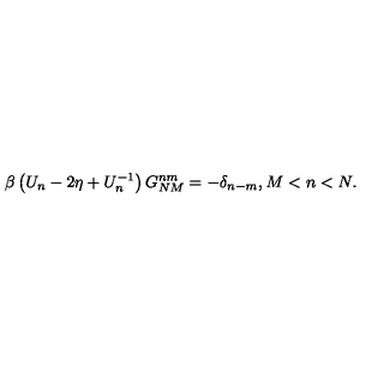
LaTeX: \beta \left( U _ { n } - 2 \eta + U _ { n } ^ { - 1 } \right) G _ { N M } ^ { n m } = - \delta _ { n - m } , M < n < N .